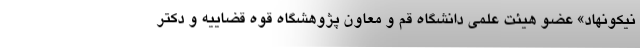
نیکونهاد» عضو هیئت علمی دانشگاه قم و معاون پژوهشگاه قوه قضاییه و دکتر